Lunatic asylums Punjab 1868-1880 - 1868-1880
Year: 1868
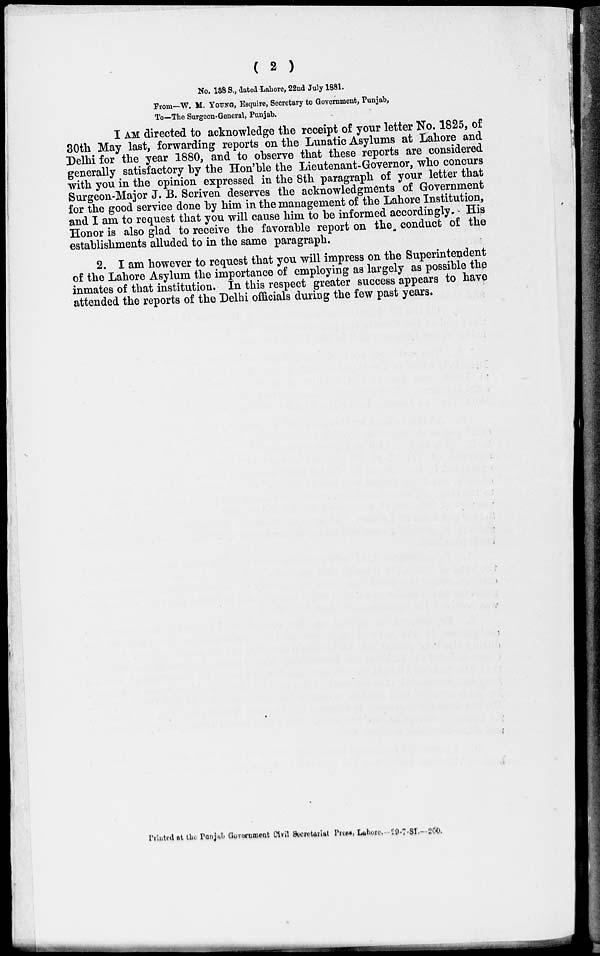
( 2 )
No. 138 S., dated Lahore, 22nd July 1881.
From—W. M. YOUNG, Esquire, Secretary to Government, Punjab,
To—The Surgeon-General, Punjab.
I AM directed to acknowledge the receipt of your letter No. 1825, of
30th May last, forwarding reports on the Lunatic Asylums at Lahore and
Delhi for the year 1880, and to observe that these reports are considered
generally satisfactory by the Hon'ble the Lieutenant-Governor, who concurs
with you in the opinion expressed in the 8th paragraph of your letter that
Surgeon-Major J. B. Scriven deserves the acknowledgments of Government
for the good service done by him in the management of the Lahore Institution,
and I am to request that you will cause him to be informed accordingly. His
Honor is also glad to receive the favorable report on the conduct of the
establishments alluded to in the same paragraph.
2. I am however to request that you will impress on the Superintendent
of the Lahore Asylum the importance of employing as largely as possible the
inmates of that institution. In this respect greater success appears to have
attended the reports of the Delhi officials during the few past years.
Printed at the Punjab Government Civil Secretariat Press, Lahore, 29-7-81.—200.